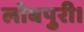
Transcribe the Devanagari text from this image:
लोबपुरी।